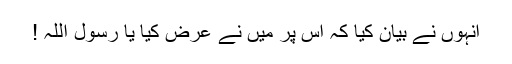
انہوں نے بیان کیا کہ اس پر میں نے عرض کیا یا رسول اللہ !